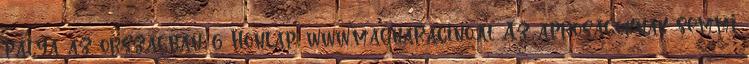
pálya az országban: 6 Honlap: www.magnaracino.at Az apróságoknak semmi